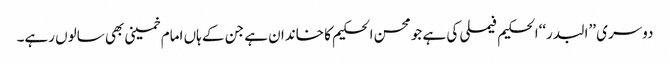
دوسری ’’البدر‘‘الحکیم فیملی کی ہے جو محسن الحکیم کا خاندان ہے جن کے ہاں امام خمینی بھی سالوں رہے۔